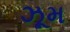
ઝૂમ